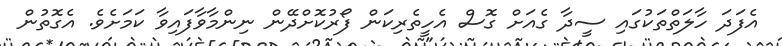
އެފަދަ ހާލަތްތަކުގައި ސީދާ ގެއަށް ގޮސް އެހީތެރިކަން ފޯރުކޮށްދޭން ނިންމާވާފައިވާ ކަމަށެވެ. އެގޮތުން